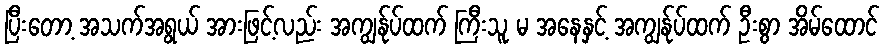
ပြီးတော့ အသက်အရွယ် အားဖြင့်လည်း အကျွန်ုပ်ထက် ကြီးသူ မ အနေနှင့် အကျွန်ုပ်ထက် ဦးစွာ အိမ်ထောင်